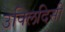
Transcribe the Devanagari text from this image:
उक्लिदिसी